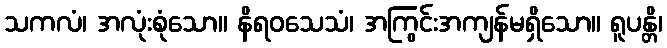
သကလံ၊ အလုံးစုံသော။ နိရဝသေသံ၊ အကြွင်းအကျန်မရှိသော။ ရူပန္တိ၊